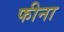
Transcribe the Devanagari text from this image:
फीना